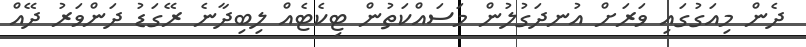
ދެން މިއަގުގައި ވަރަށް އުނދަގުލުން މަސައްކަތުން ޓިކެޓެއް ލިބިދާނެ ރޭގަޑު ދަންވަރު ދޭއް